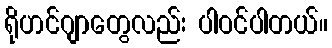
ရိုဟင်ဂျာတွေလည်း ပါဝင်ပါတယ်။